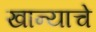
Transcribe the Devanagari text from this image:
खान्याचे